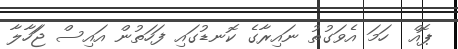
ޕޮއް  ހަމަ އެވަގުތު ނައިރާގެ ކޮނޑުގައި ފަހަތުން އައިސް ޖަަހާލާ